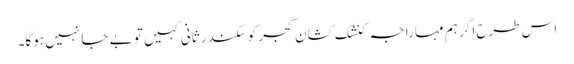
اس طرح اگر ہم مہاراجہ کنشک کشان گجر کو سکندرِ ثانی کہیں تو بے جا نہیں ہوگا۔